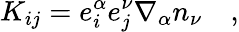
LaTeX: K_{ij}=e_{i}^{\alpha}e_{j}^{\nu}\nabla_{\alpha}n_{\nu}\quad,